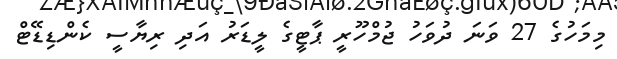
މިމަހުގެ 27 ވަނަ ދުވަހު ޖުމްހޫރީ ޕާޓީގެ ލީޑަރު އަދި ރިޔާސީ ކެންޑިޑޭޓް